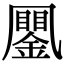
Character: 䥚